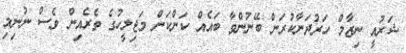
ޝަރުއީ ނިޒާމް ހަރުދަނާކުރަން ބޭނުންވާ ބައެއް ކަންކަން މަޖިލީހުގެ ތެރެއިން ވެސް ނުނިމި